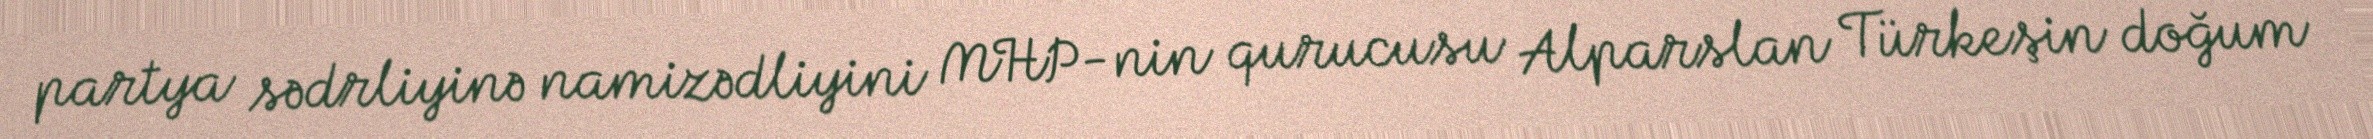
partya sədrliyinə namizədliyini MHP-nin qurucusu Alparslan Türkeşin doğum